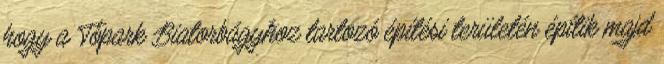
hogy a Tópark Biatorbágyhoz tartozó építési területén építik majd